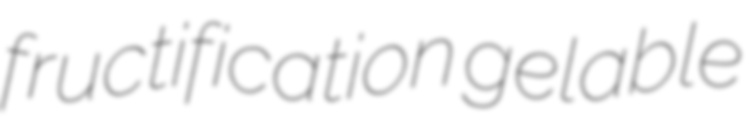
fructification gelable